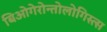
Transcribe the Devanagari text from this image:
बिओगेरोन्तोलोगिस्त्स